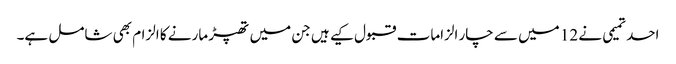
احد تمیمی نے 12 میں سے چار الزامات قبول کیے ہیں جن میں تھپڑ مارنے کا الزام بھی شامل ہے۔